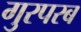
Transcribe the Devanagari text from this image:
गुरपरब